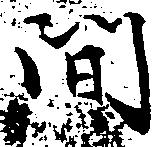
間